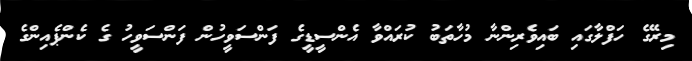
މިރޭގެ ހަފްލާގައި ބައިވެރިންނާ މުހާތަބު ކުރައްވާ އެންސީޑީގެ ފަންސަވީހުން ފަންސަވީހު ގެ ކެންޕެއިންގެ